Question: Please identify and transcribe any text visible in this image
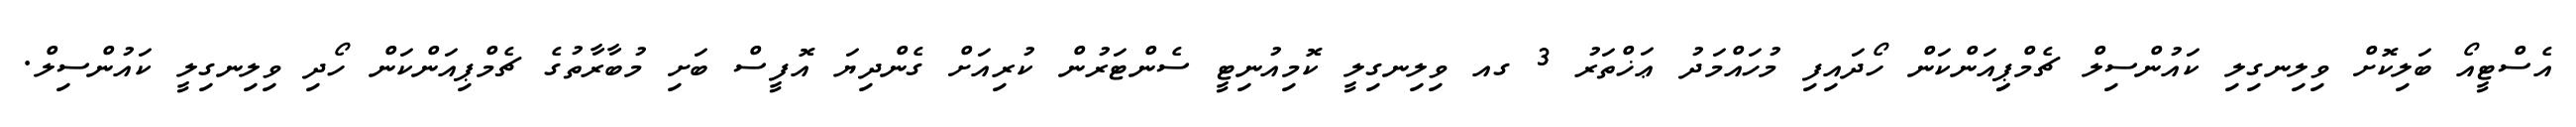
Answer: އެސްޓީއޯ ބަލިކޮށް ވިލިނގިލި ކައުންސިލް ޗެމްޕިިއަންކަން ހޯދައިފި މުހައްމަދު ޢަޚްތަރު 3 ގއ ވިލިނގިލީ ކޮމިއުނިޓީ ސެންޓަރުން ކުރިއަށް ގެންދިޔަ އޮފީސް ބަށި މުބާރާތުގެ ޗެމްޕިއަންކަން ހޯދި ވިލިނގިލީ ކައުންސިލް.